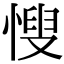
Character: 㥰